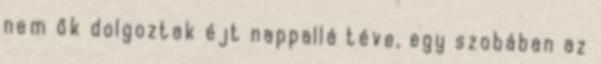
nem ők dolgoztak éjt nappallá téve, egy szobában az